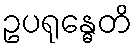
ဥပရုန္ဓေတိ